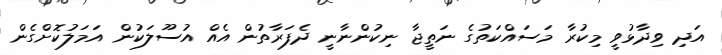
އަދި ވިދާޅުވީ މިކުރާ މަސައްކަތުގެ ނަތީޖާ ނިކުންނާނީ ދެފަރާތުން އެއް އުސޫލަކުން އަމަލުކޮށްގެން